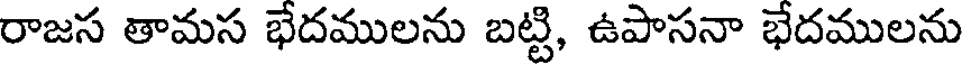
రాజస తామస భేదములను బట్టి, ఉపాసనా భేదములను